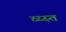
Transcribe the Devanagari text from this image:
व्य्स्त